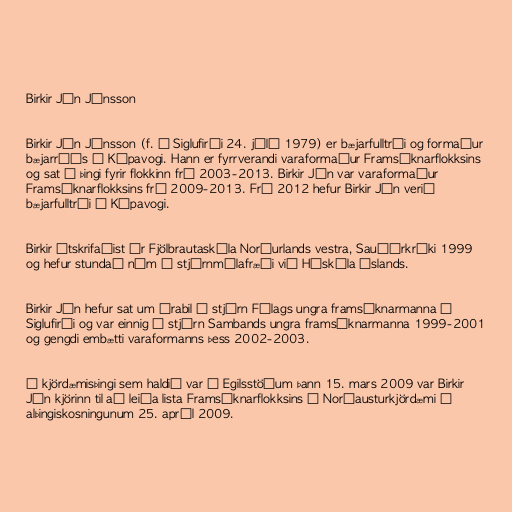
Birkir Jón Jónsson

Birkir Jón Jónsson (f. á Siglufirði 24. júlí 1979) er bæjarfulltrúi og formaður
bæjarráðs í Kópavogi. Hann er fyrrverandi varaformaður Framsóknarflokksins
og sat á þingi fyrir flokkinn frá 2003-2013. Birkir Jón var varaformaður
Framsóknarflokksins frá 2009-2013. Frá 2012 hefur Birkir Jón verið
bæjarfulltrúi í Kópavogi.

Birkir útskrifaðist úr Fjölbrautaskóla Norðurlands vestra, Sauðárkróki 1999
og hefur stundað nám í stjórnmálafræði við Háskóla Íslands.

Birkir Jón hefur sat um árabil í stjórn Félags ungra framsóknarmanna á
Siglufirði og var einnig í stjórn Sambands ungra framsóknarmanna 1999-2001
og gengdi embætti varaformanns þess 2002-2003.

Á kjördæmisþingi sem haldið var á Egilsstöðum þann 15. mars 2009 var Birkir
Jón kjörinn til að leiða lista Framsóknarflokksins í Norðausturkjördæmi í
alþingiskosningunum 25. apríl 2009.